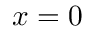
x = 0